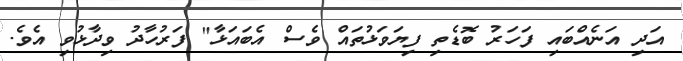
އަދި އަނެއްބައި ފަހަރު ބޮޑެތި ފިޔަވަޅުތައް ވެސް އެބައަޅާ" ފަރުހާދު ވިދާޅުވި އެވެ.